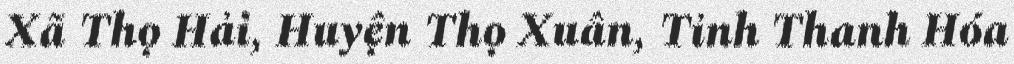
Xã Thọ Hải, Huyện Thọ Xuân, Tỉnh Thanh Hóa